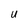
Character: u